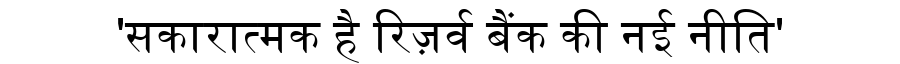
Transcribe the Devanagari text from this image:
'सकारात्मक है रिज़र्व बैंक की नई नीति'